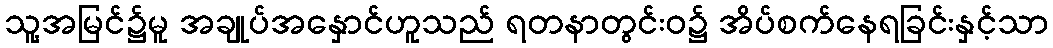
သူ့အမြင်၌မူ အချုပ်အနှောင်ဟူသည် ရတနာတွင်းဝ၌ အိပ်စက်နေရခြင်းနှင့်သာ